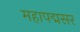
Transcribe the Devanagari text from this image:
महापद्मसर